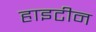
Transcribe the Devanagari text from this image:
हाइटीन